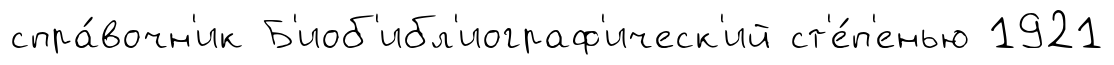
спра́вочн'ик Б'иоб'ибл'иограф'ическ'ий ст'е́п'енью 1921